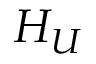
H _ { U }